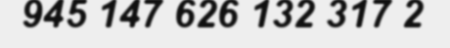
945 147 626 132 317 2